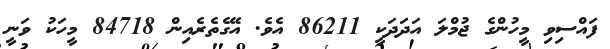
ފައްސިވި މީހުންގެ ޖުމްލަ އަދަދަކީ 86211 އެވެ. އޭގެތެރެއިން 84718 މީހަކު ވަނީ